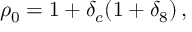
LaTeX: \rho _ { 0 } = 1 + \delta _ { c } ( 1 + \delta _ { 8 } ) \, ,